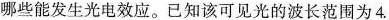
哪些能发生光电效应。已知该可见光的波长范围为$$4 .